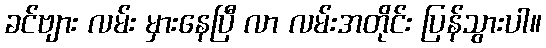
ခင်ဗျား လမ်း မှားနေပြီ လာ လမ်းအတိုင်း ပြန်သွားပါ။